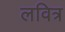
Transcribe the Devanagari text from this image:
लवित्र